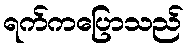
ရက်ကပြောသည်